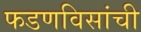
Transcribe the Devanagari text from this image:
फडणविसांची